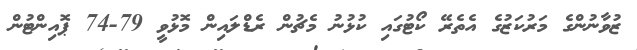
ޒުވާނުންގެ މަރުކަޒުގެ އެތެރޭ ކޯޓުގައި ކުޅުނު މެޗުން ރެޑްލައިން މޮޅުވީ 79-74 ޕޮއިންޓުން